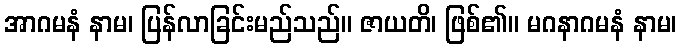
အာဂမနံ နာမ၊ ပြန်လာခြင်းမည်သည်။ ဇာယတိ၊ ဖြစ်၏။ မဂနာဂမနံ နာမ၊